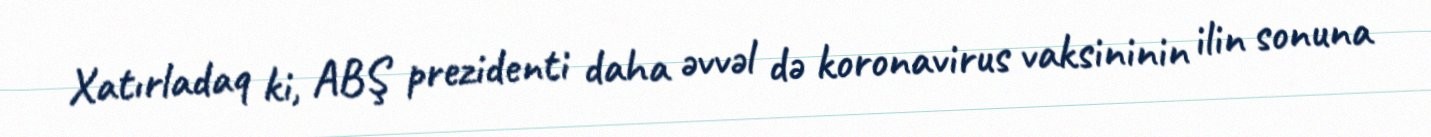
Xatırladaq ki, ABŞ prezidenti daha əvvəl də koronavirus vaksininin ilin sonuna